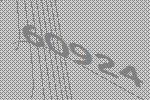
60924